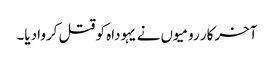
‏ آخرکار رومیوں نے یہوداہ کو قتل کروا دیا۔